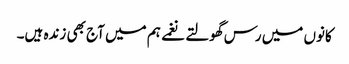
کانوں میں رس گھولتے نغمے ہم میں آج بھی زندہ ہیں۔